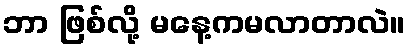
ဘာ ဖြစ်လို့ မနေ့ကမလာတာလဲ။